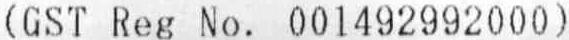
(GST REG NO. 001492992000)